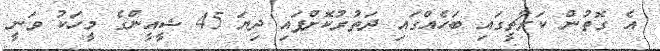
އެ ގޮތުން ކަރާޗީގައި ބަހެއްގައި ދަތުރުކޮށްފައި ދިޔަ 45 ޝީއީންގެ މީހަކު ވަނީ